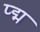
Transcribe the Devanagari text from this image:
प्द्म